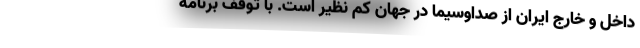
داخل و خارج ایران از صداوسیما در جهان کم نظیر است. با توقف برنامه